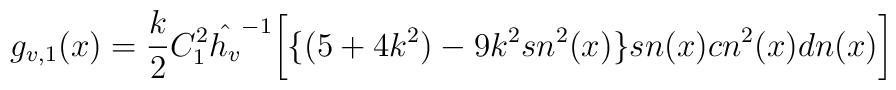
g_{v,1}(x)=\frac{k}{2}C^2_1{\hat {h_v}}^{-1}\bigg[\{(5+4k^2)-9k^2sn^2(x)\}sn(x) cn^2(x) dn(x)\bigg]